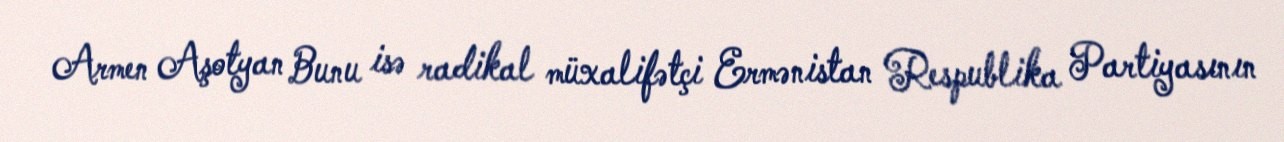
Armen Aşotyan Bunu isə radikal müxalifətçi Ermənistan Respublika Partiyasının